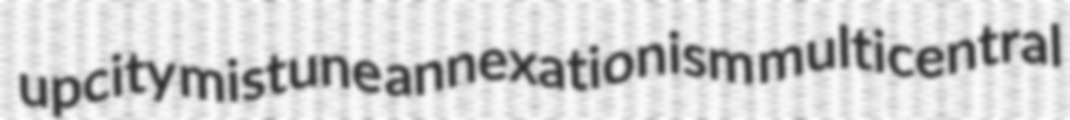
upcity mistune annexationism multicentral